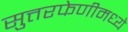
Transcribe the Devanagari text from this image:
सुत्तरफेणीमध्ये